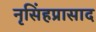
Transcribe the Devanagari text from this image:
नृसिंहप्रासाद